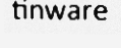
tinware